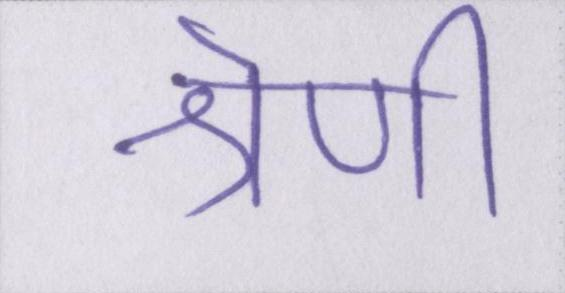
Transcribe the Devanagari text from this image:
श्रेणी